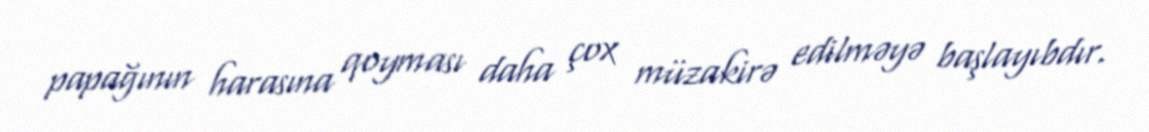
papağının harasına qoyması daha çox müzakirə edilməyə başlayıbdır.